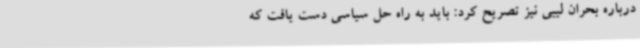
درباره بحران لیبی نیز تصریح کرد: باید به راه حل سیاسی دست یافت که